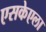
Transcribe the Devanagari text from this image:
एसकेएला